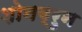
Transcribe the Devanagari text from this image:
शोनब्रुन